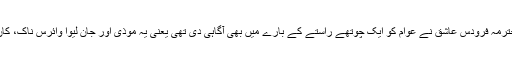
مگر سابق مشیر اطلاعات اور منہ پھٹ قسم کی خاتون محترمہ فرودس عاشق نے عوام کو ایک چوتھے راستے کے بارے میں بھی آگاہی دی تھی یعنی یہ موذی اور جان لیوا وائرس ناک، کان اور آنکھوں کے علاوہ بھی انسان پر یلغار کر سکتا ہے۔